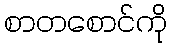
စာတစောင်ကို